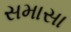
સમાસા